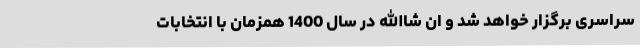
سراسری برگزار خواهد شد و ان شاالله در سال 1400 همزمان با انتخابات